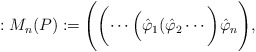
\begin{align*}: M_n(P) := \Biggl (\biggl (\cdots \Bigl (\hat \varphi _1(\hat\varphi _2 \cdots \biggl )\hat\varphi _n\Biggl ),\end{align*}